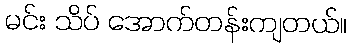
မင်း သိပ် အောက်တန်းကျတယ်။